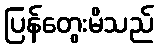
ပြန်တွေးမိသည်